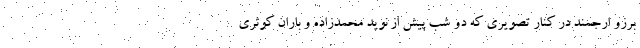
برزو ارجمند در کنار تصویری که دو شب پیش از نوید محمدزاده و باران کوثری